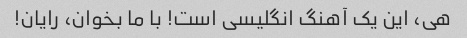
هی، این یک آهنگ انگلیسی است! با ما بخوان، رایان!